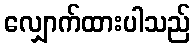
လျှောက်ထားပါသည်